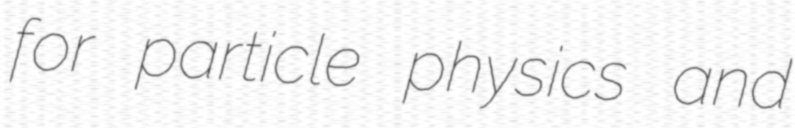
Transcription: for particle physics and